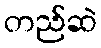
တည်ဆဲ